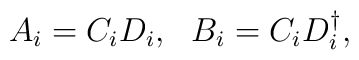
A_i = C_i D_i ,\ \  B_i = C_i D_i^\dagger,